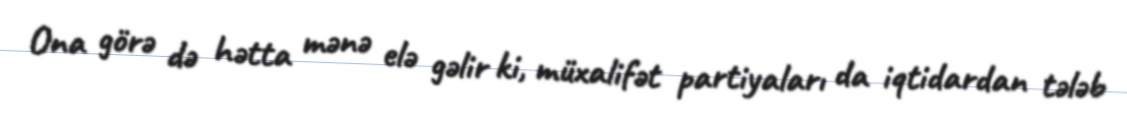
Ona görə də hətta mənə elə gəlir ki, müxalifət partiyaları da iqtidardan tələb